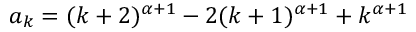
a _ { k } = ( k + 2 ) ^ { \alpha + 1 } - 2 ( k + 1 ) ^ { \alpha + 1 } + k ^ { \alpha + 1 }